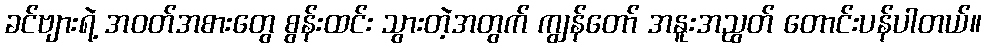
ခင်ဗျားရဲ့ အဝတ်အစားတွေ စွန်းထင်း သွားတဲ့အတွက် ကျွန်တော် အနူးအညွတ် တောင်းပန်ပါတယ်။